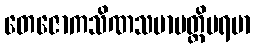
တေဇောကသိဏသမာပတ္တိပရမာ